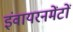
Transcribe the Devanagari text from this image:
इंवायरनमेंटों